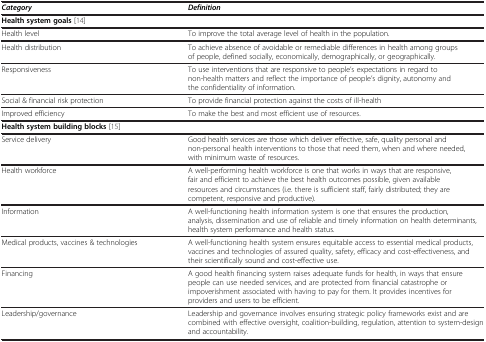
<table><thead><tr><td><b><i>Category</i></b></td><td><b><i>Definition</i></b></td></tr></thead><tbody><tr><td><b>Health system goals</b>[14]</td><td> </td></tr><tr><td>Health level</td><td>To improve the total average level of health in the population.</td></tr><tr><td>Health distribution</td><td>To achieve absence of avoidable or remediable differences in health among groups of people, defined socially, economically, demographically, or geographically.</td></tr><tr><td>Responsiveness</td><td>To use interventions that are responsive to people’s expectations in regard to non-health matters and reflect the importance of people’s dignity, autonomy and the confidentiality of information.</td></tr><tr><td>Social &amp; financial risk protection</td><td>To provide financial protection against the costs of ill-health</td></tr><tr><td>Improved efficiency</td><td>To make the best and most efficient use of resources.</td></tr><tr><td><b>Health system building blocks</b>[15]</td><td> </td></tr><tr><td>Service delivery</td><td>Good health services are those which deliver effective, safe, quality personal and non-personal health interventions to those that need them, when and where needed, with minimum waste of resources.</td></tr><tr><td>Health workforce</td><td>A well-performing health workforce is one that works in ways that are responsive, fair and efficient to achieve the best health outcomes possible, given available resources and circumstances (i.e. there is sufficient staff, fairly distributed; they are competent, responsive and productive).</td></tr><tr><td>Information</td><td>A well-functioning health information system is one that ensures the production, analysis, dissemination and use of reliable and timely information on health determinants, health system performance and health status.</td></tr><tr><td>Medical products, vaccines &amp; technologies</td><td>A well-functioning health system ensures equitable access to essential medical products, vaccines and technologies of assured quality, safety, efficacy and cost-effectiveness, and their scientifically sound and cost-effective use.</td></tr><tr><td>Financing</td><td>A good health financing system raises adequate funds for health, in ways that ensure people can use needed services, and are protected from financial catastrophe or impoverishment associated with having to pay for them. It provides incentives for providers and users to be efficient.</td></tr><tr><td>Leadership/governance</td><td>Leadership and governance involves ensuring strategic policy frameworks exist and are combined with effective oversight, coalition-building, regulation, attention to system-design and accountability.</td></tr></tbody></table>